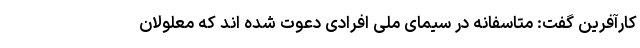
کارآفرین گفت: متاسفانه در سیمای ملی افرادی دعوت شده اند که معلولان